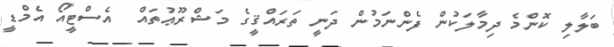
ބަލާލި ކޮންމެ ދިމާލަކުން ފެންނަމުން ދަނީ ތަރައްޤީގެ މަޝްރޫޢުތައް  އެސްޓީއޯ އެމްޑީ